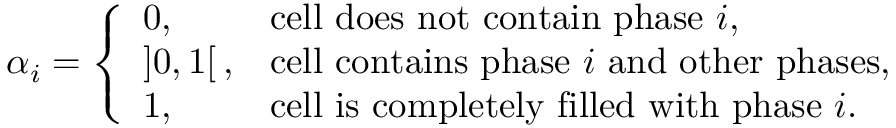
\alpha _ { i } = \left\{ \begin{array} { l l } { 0 , } & { \mathrm { c e l l ~ d o e s ~ n o t ~ c o n t a i n ~ p h a s e ~ } i , } \\ { ] 0 , 1 [ \, , } & { \mathrm { c e l l ~ c o n t a i n s ~ p h a s e ~ } i \mathrm { ~ a n d ~ o t h e r ~ p h a s e s } , } \\ { 1 , } & { \mathrm { c e l l ~ i s ~ c o m p l e t e l y ~ f i l l e d ~ w i t h ~ p h a s e ~ } i . } \end{array} \right.